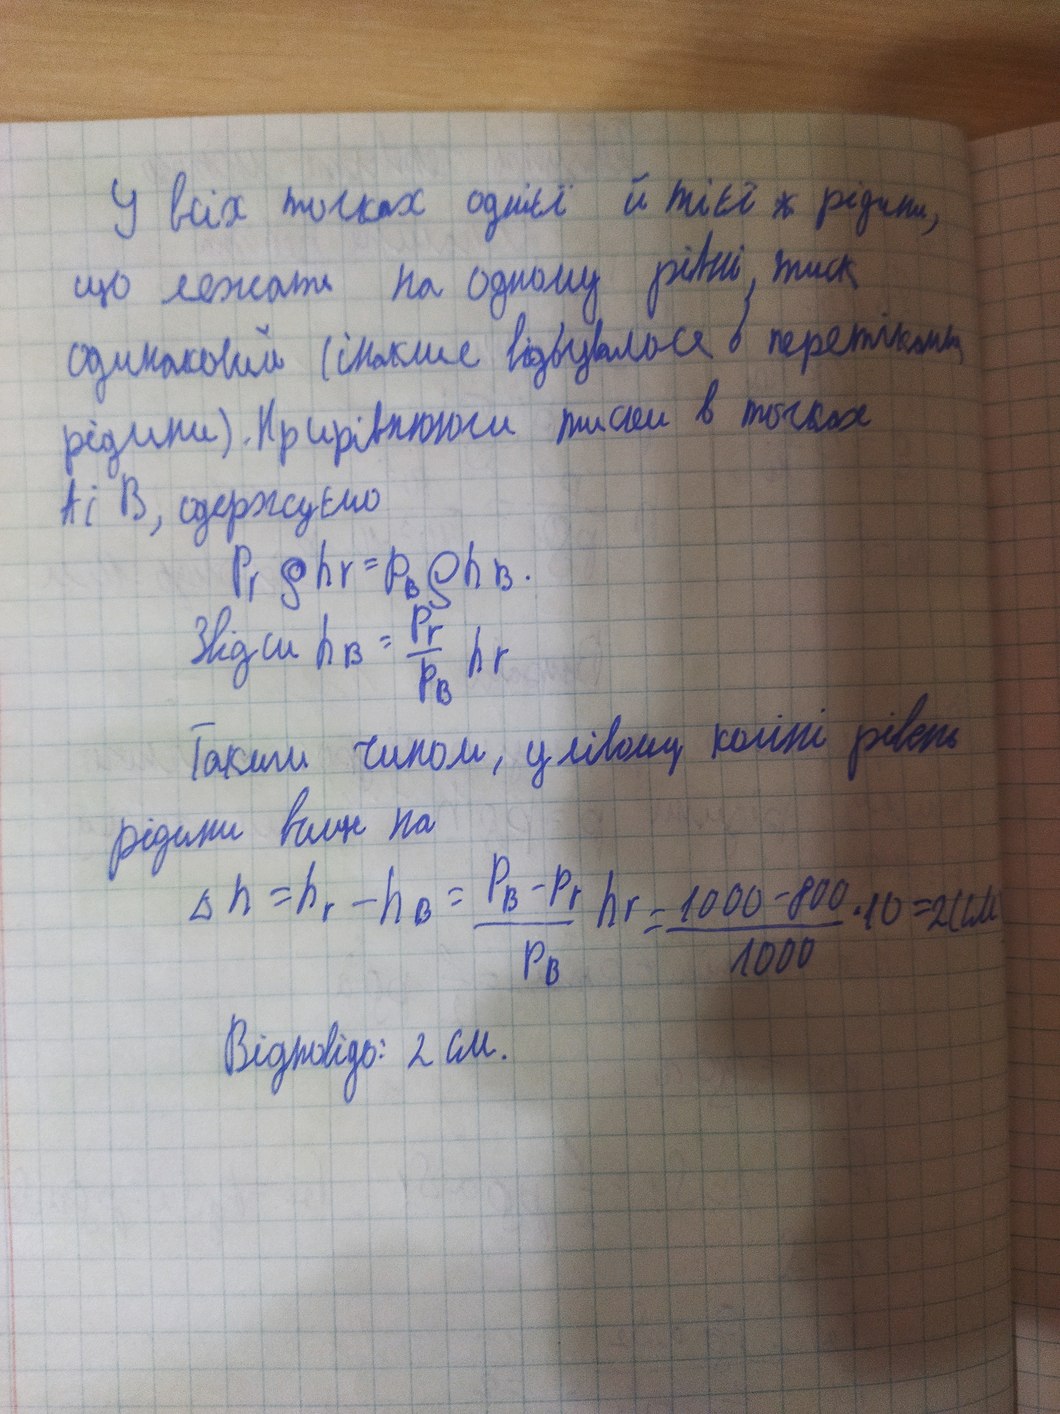
У всіх точках однієї й тієї ж рідини,
що лежать на одному рівні, тиск
одинаковий (інакше відбувалося б перетікання
рідини). Прирівнюючи тиски в точках
А i B, одержуємо
\begin{aligned} Pr shv= Pb shb.
Звідси hb = \frac{P_r}{P_B} h_r \end{aligned}
Таким чином, у лівому коліні рівень
рідини вище на
Δh = hr - hB = (PB - Pr) / PB * hr = (1000 - 800) / 1000 * 10 = 2 (см)
Відповідь: 2 см.